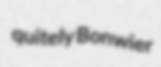
quitely Bonwier